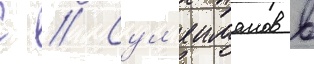
С // Сул'еиманов в